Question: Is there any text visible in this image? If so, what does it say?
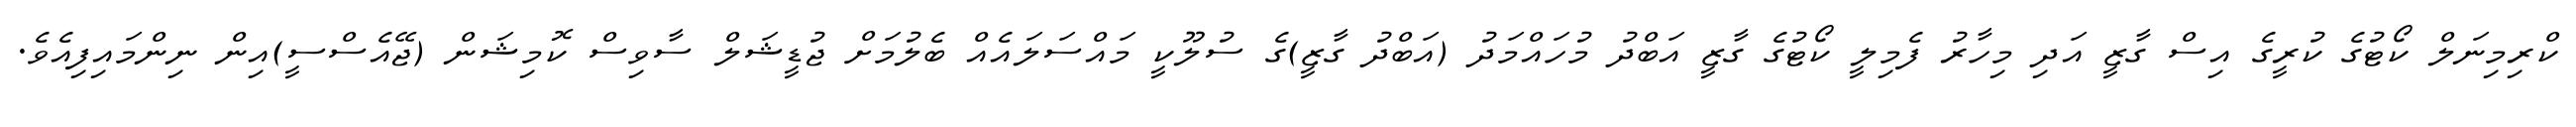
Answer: ކްރިމިނަލް ކޯޓުގެ ކުރީގެ އިސް ގާޒީ އަދި މިހާރު ފެމިލީ ކޯޓުގެ ގާޒީ އަބްދު މުހައްމަދު (އަބްދު ގާޒީ)ގެ ސުލޫކީ މައްސަލައެއް ބެލުމަށް ޖުޑީޝަލް ސާވިސް ކޮމިޝަން (ޖޭއެސްސީ)އިން ނިންމައިފިއެވެ.